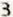
3